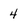
Character: 4